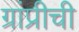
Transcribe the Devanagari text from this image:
ग्रांप्रीची